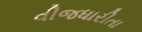
વીજધારીતા